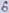
Text: 6